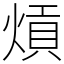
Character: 熕